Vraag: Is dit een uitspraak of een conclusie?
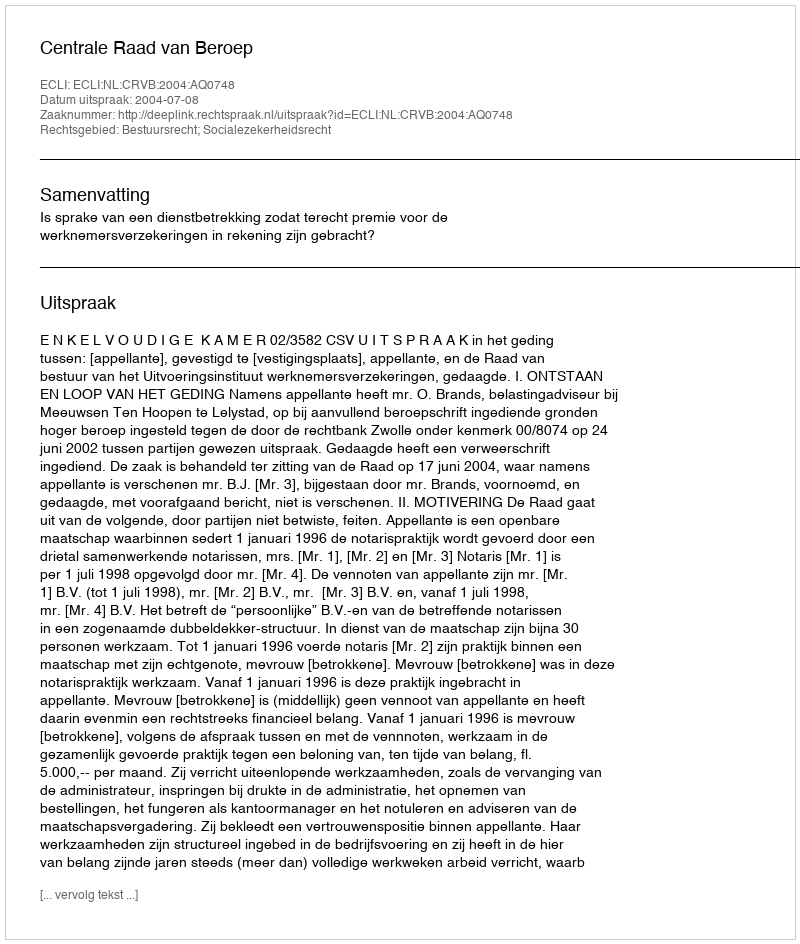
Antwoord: Uitspraak